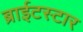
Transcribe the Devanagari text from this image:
ब्राईटस्टार